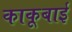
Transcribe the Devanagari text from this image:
काकूबाई